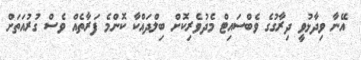
އޭނާ ވިދާޅުވީ ދިރާގުގެ ވެބްސައިޓް މެދުވެރިކޮށް ބިލްދައްކާ ކޮންމެ ފަރާތެއް ވެސް ގުރުއަތަށް